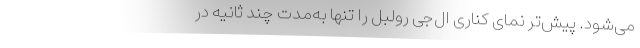
می‌شود. پیش‌تر نمای کناری ال‌جی رولبل را تنها به‌مدت چند ثانیه در